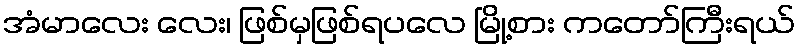
အံမာလေး လေး၊ ဖြစ်မှဖြစ်ရပလေ မြို့စား ကတော်ကြီးရယ်